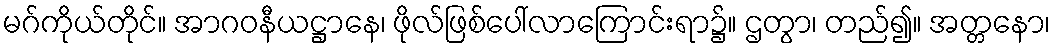
မဂ်ကိုယ်တိုင်။ အာဂဝနီယဋ္ဌာနေ၊ ဖိုလ်ဖြစ်ပေါ်လာကြောင်းရာ၌။ ဌတွာ၊ တည်၍။ အတ္တနော၊